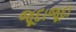
જૂદાજૂદા